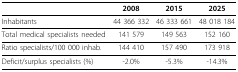
|  | 2008 | 2015 | 2025 |
 | --- | --- | --- | --- |
 | Inhabitants | 44 366 332 | 46 333 661 | 48 018 184 |
 | Total medical specialists needed | 141 579 | 149 563 | 152 160 |
 | Ratio specialists/100 000 inhab. | 144 410 | 157 490 | 173 918 |
 | Deficit/surplus specialists (%) | -2.0% | -5.3% | -14.3% |